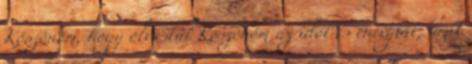
Köszönöm, hogy olvastál Köszönöm az időt és energiát, amit